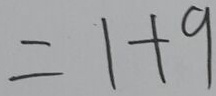
= 1 + 9